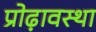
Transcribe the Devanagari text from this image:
प्रोढ़ावस्था